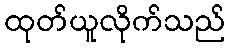
ထုတ်ယူလိုက်သည်